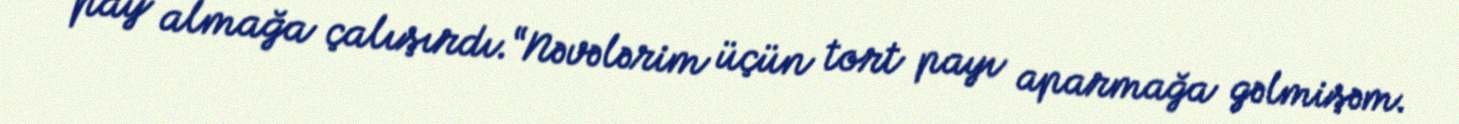
pay almağa çalışırdı.“Nəvələrim üçün tort payı aparmağa gəlmişəm.